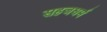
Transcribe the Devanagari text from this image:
सहजधर्म